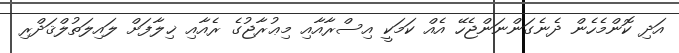
އަދި ކޮންމެހެން ދެނެގަންނަންޖެހޭ އެއް ކަމަކީ އިސްރާއާއި މިޢުރާޖުގެ ރެއާއި ޚިލާފަށް ލައިލަތުލްޤަދްރި